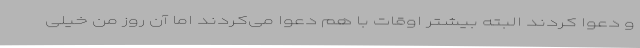
و دعوا کردند البته بیشتر اوقات با هم دعوا می‌کردند اما آن روز من خیلی